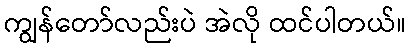
ကျွန်တော်လည်းပဲ အဲလို ထင်ပါတယ်။